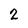
Character: 2